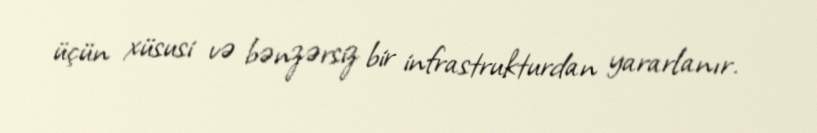
üçün xüsusi və bənzərsiz bir infrastrukturdan yararlanır.